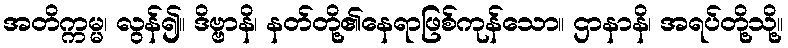
အတိက္ကမ္မ၊ လွန်၍။ ဒိဗ္ဗာနိ၊ နတ်တို့၏နေရာဖြစ်ကုန်သော။ ဌာနာနိ၊ အရပ်တို့သို့။